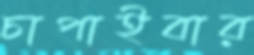
চাপাইবার